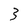
Character: 3